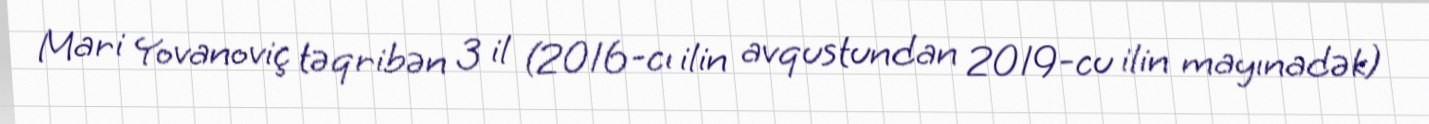
Mari Yovanoviç təqribən 3 il (2016-cı ilin avqustundan 2019-cu ilin mayınadək)